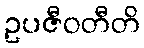
ဥပဇီဝတီတိ